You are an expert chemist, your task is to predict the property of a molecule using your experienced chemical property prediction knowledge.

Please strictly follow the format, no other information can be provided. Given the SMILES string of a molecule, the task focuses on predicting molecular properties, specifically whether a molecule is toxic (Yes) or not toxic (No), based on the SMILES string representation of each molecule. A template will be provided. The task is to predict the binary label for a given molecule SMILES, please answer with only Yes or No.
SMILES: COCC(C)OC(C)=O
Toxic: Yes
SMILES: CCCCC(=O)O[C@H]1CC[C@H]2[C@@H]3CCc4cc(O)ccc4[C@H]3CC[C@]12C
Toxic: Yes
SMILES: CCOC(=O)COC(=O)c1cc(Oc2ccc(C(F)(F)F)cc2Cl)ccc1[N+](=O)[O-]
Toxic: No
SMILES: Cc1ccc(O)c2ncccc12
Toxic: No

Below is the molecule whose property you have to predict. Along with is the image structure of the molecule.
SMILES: ClC/C=C\CCl
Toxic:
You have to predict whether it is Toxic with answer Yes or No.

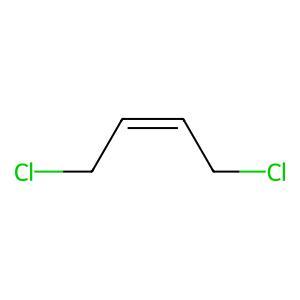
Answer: No